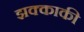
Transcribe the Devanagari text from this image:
झक्काकी